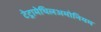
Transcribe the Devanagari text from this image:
टेट्रामेथिलअमोनियम